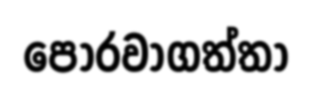
පොරවාගත්තා